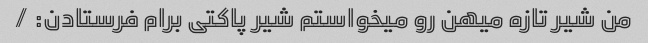
من شیر تازه میهن رو میخواستم شیر پاکتی برام فرستادن: /